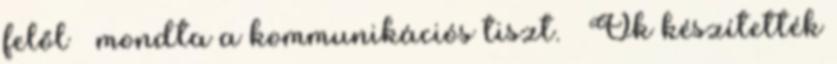
felől – mondta a kommunikációs tiszt. – Ők készítették